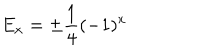
E _ { x } = \pm \frac { 1 } { 4 } ( - 1 ) ^ { x }